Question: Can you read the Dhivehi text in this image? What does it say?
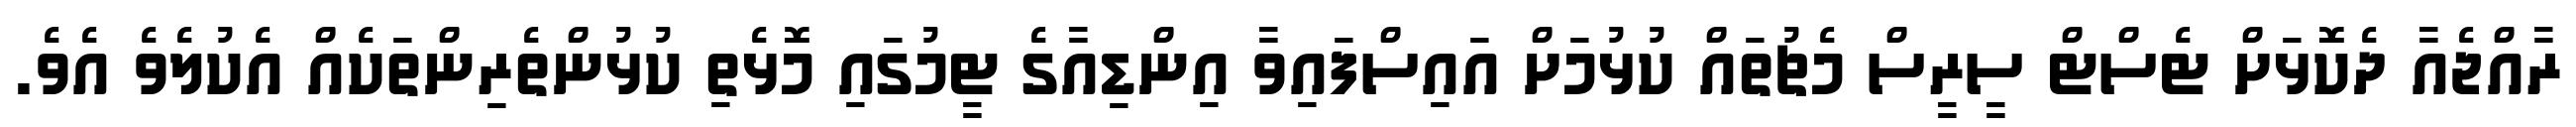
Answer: ރާއްޖެއާ ދެކޮޅަށް ޓެސްޓް ސީރީސް މެޗުތައް ކުޅުމަށް އައިސްފައިވާ އިންޑިއާގެ ޓީމުގައި މޮޅެތި ކުޅުންތެރިންތަކެއް އެކުލެވެ އެވެ.